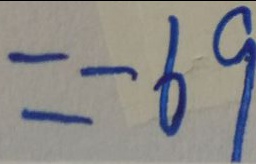
= - 6 9